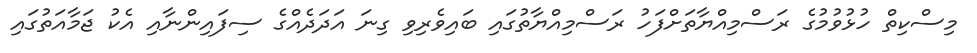
މިސްކިތް ހުޅުވުމުގެ ރަސްމިއްޔާތަށްފަހު ރަސްމިއްޔާތުގައި ބައިވެރިވި ގިނަ އަދަދެއްގެ ސިފައިންނާއި އެކު ޖަމާއަތުގައި